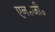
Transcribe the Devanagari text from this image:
एन॰जी॰